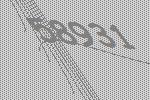
58931